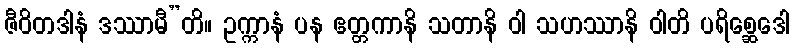
ဇီဝိတဒါနံ ဒဿာမီ”တိ။ ဥက္ကာနံ ပန ဧတ္တကာနိ သတာနိ ဝါ သဟဿာနိ ဝါတိ ပရိစ္ဆေဒေါ